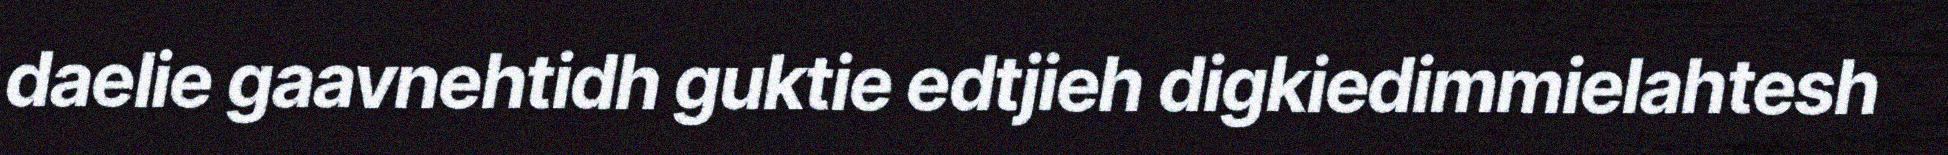
daelie gaavnehtidh guktie edtjieh digkiedimmielahtesh